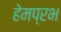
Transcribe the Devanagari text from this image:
हेमप्रभ